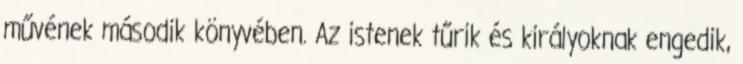
művének második könyvében. Az istenek tűrik és királyoknak engedik,